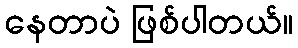
နေတာပဲ ဖြစ်ပါတယ်။